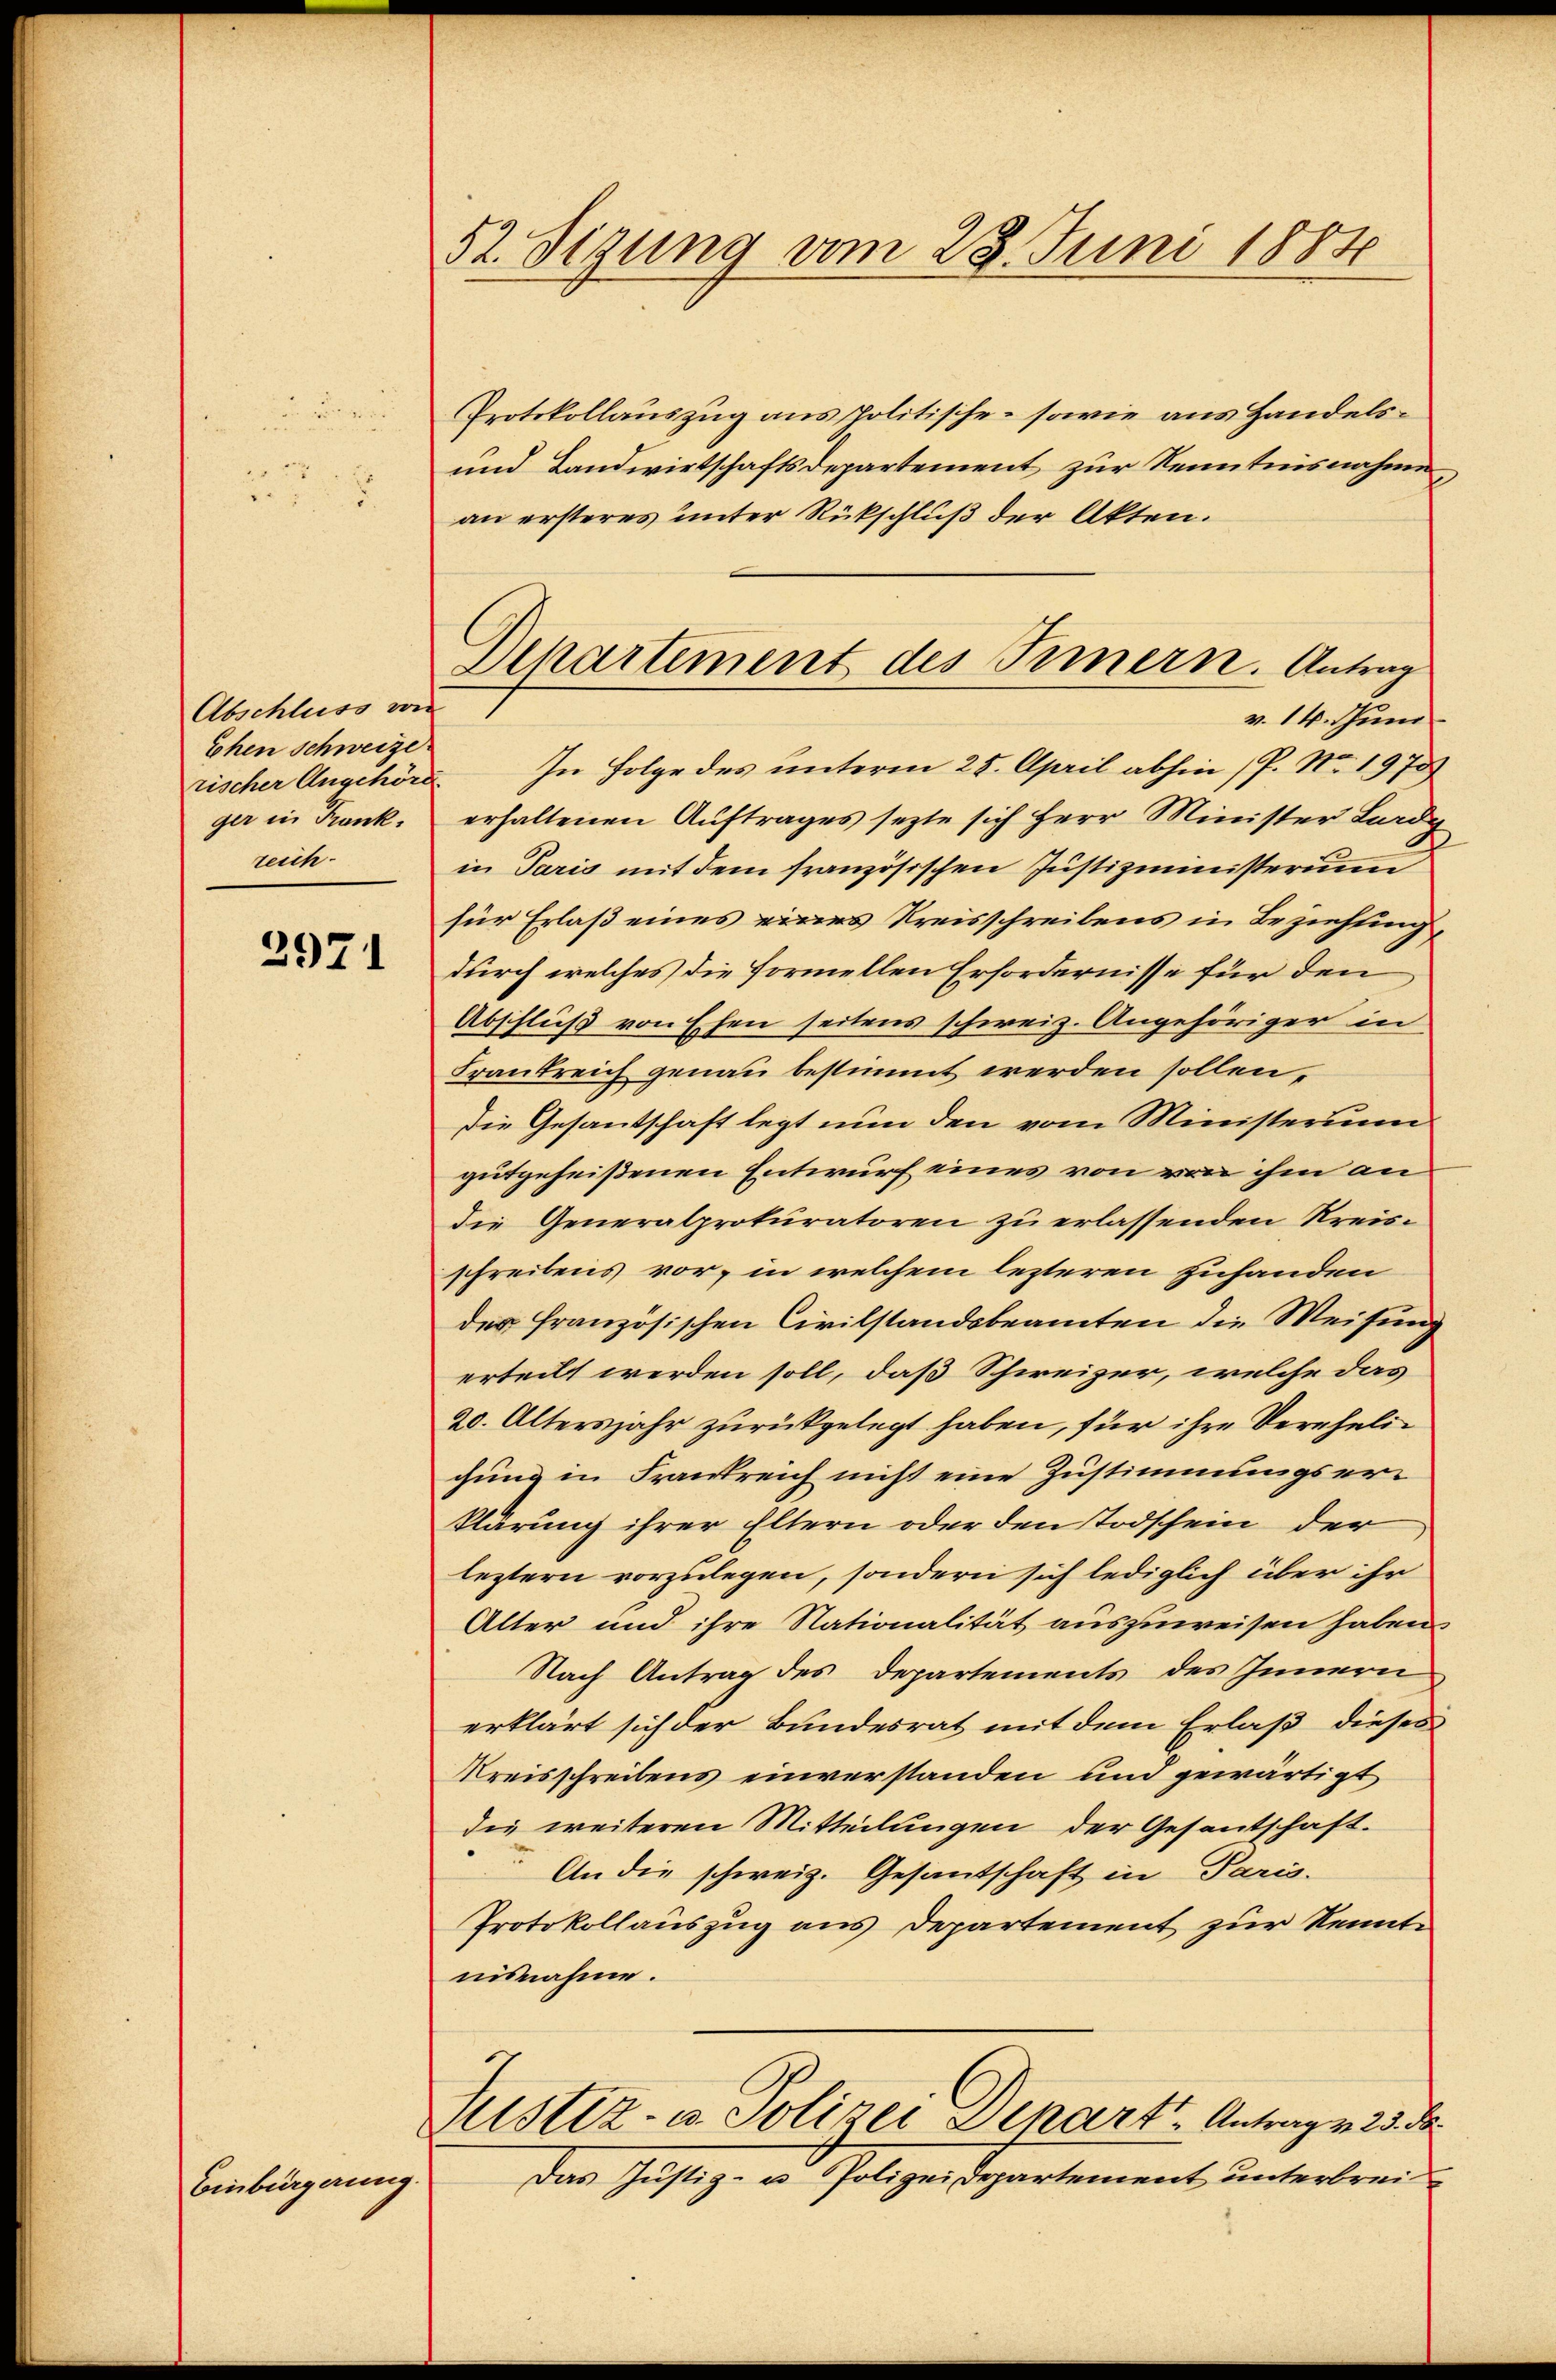
Abschluss von
Ehen Schweize
ger in Frank.
reich.

2971

Einbürgerung.

52. Sigung vom 28. Juni 1884

Protokollauszug aus politische - sowie aus Handels¬
und Landwirtschaftsdepartement zur Kenntnisnahme
an ersteres unter Rückschluß der Akten.
rischer Angehöre. In Folge des unterm 25. April abhin (P. Nr. 1973
erhaltenen Auftrages sezte sich Herr Minister Lardy
in Paris mit dem französischen Justizministerium
für Erlaß eines eines Kreisschreibens in Beziehung,
durch welches die formellen Erfordernisse für den
Abschluß von Ehen seitens schweiz. Angehöriger in
Frankreich genau bestimmt werden sollen,
Die Gesandschaft legt nun den vom Ministerium
gutgeheißenen Entwurf eines von von ihm an
die Generalprokuratoren zu erlassenden Kreisschreibens vor, in welchem lezteren zuhanden
der französischen Civilstandsbeamten die Weisung
erteilt werden soll, daß Schweizer, welche das
20. Altersjahr zurückgelegt haben, für ihre Verehelichung in Frankreich nicht eine Zustimmungserklärung ihrer Eltern oder den Todschein der
leztern vorzulegen, sondern sich lediglich über ihr
Alter und ihre Nationalität auszuweisen haben.
Nach Antrag des Departements des Innern
erklärt sich der Bundesrat mit dem Erlaß dieses
Kreisschreibens einverstanden und gewärtigt
die weiteren Mitteilungen der Gesantschaft.
An die schweiz. Gesantschaft in Paris.
Protokollauszug aus Departement zur Kennte
nisnahme.
Justiz- u. Polizei Schart - Antrag v. 23. ds.
Das Justiz- u Polizeidepartement unterbrei

Departement des Innern. Antrag
v. 14. Juni